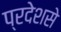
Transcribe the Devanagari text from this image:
प्रदेशसे